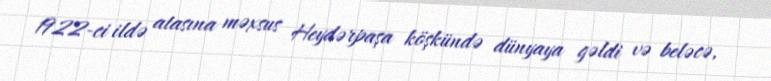
1922-ci ildə atasına məxsus Heydərpaşa köşkündə dünyaya gəldi və beləcə,